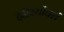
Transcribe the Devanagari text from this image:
देवीवर्योधसं